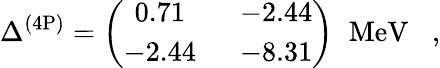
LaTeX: \Delta^{(4\mathrm{P})}=\left(\begin{array}{cc}{{0.71\; }}&{{\; -2.44}}\\ {{-2.44\; }}&{{\; -8.31}}\end{array}\right)\; \; \mathrm{MeV}\; \; \; ,